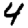
Digit: 4